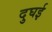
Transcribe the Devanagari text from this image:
दुघई